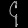
Digit: ၄